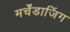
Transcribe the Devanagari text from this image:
मर्चेंडाजिंग